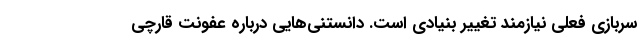
سربازی فعلی نیازمند تغییر بنیادی است. دانستنی‌هایی درباره عفونت قارچی